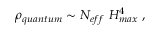
\rho _ { q u a n t u m } \sim N _ { e f f } ~ H _ { m a x } ^ { 4 } \; ,